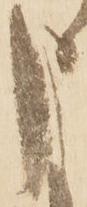
申